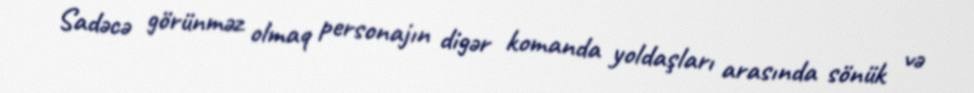
Sadəcə görünməz olmaq personajın digər komanda yoldaşları arasında sönük və